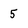
Character: 5